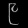
Digit: ၉